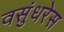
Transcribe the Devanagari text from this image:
वसुंधरेस